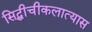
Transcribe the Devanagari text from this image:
सिद्धीचीकलात्यास